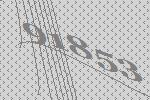
91853